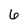
Character: 6